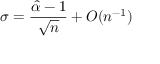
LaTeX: \sigma = { \frac { { \hat { \alpha } } - 1 } { \sqrt { n } } } + O ( n ^ { - 1 } )